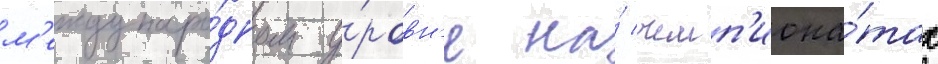
м'еждунаро́дном у́ровн'е на́ чемп'иона́тах